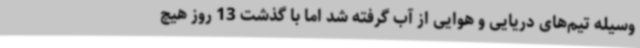
وسیله تیم‌های دریایی و هوایی از آب گرفته شد اما با گذشت 13 روز هیچ